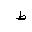
Letter: _da